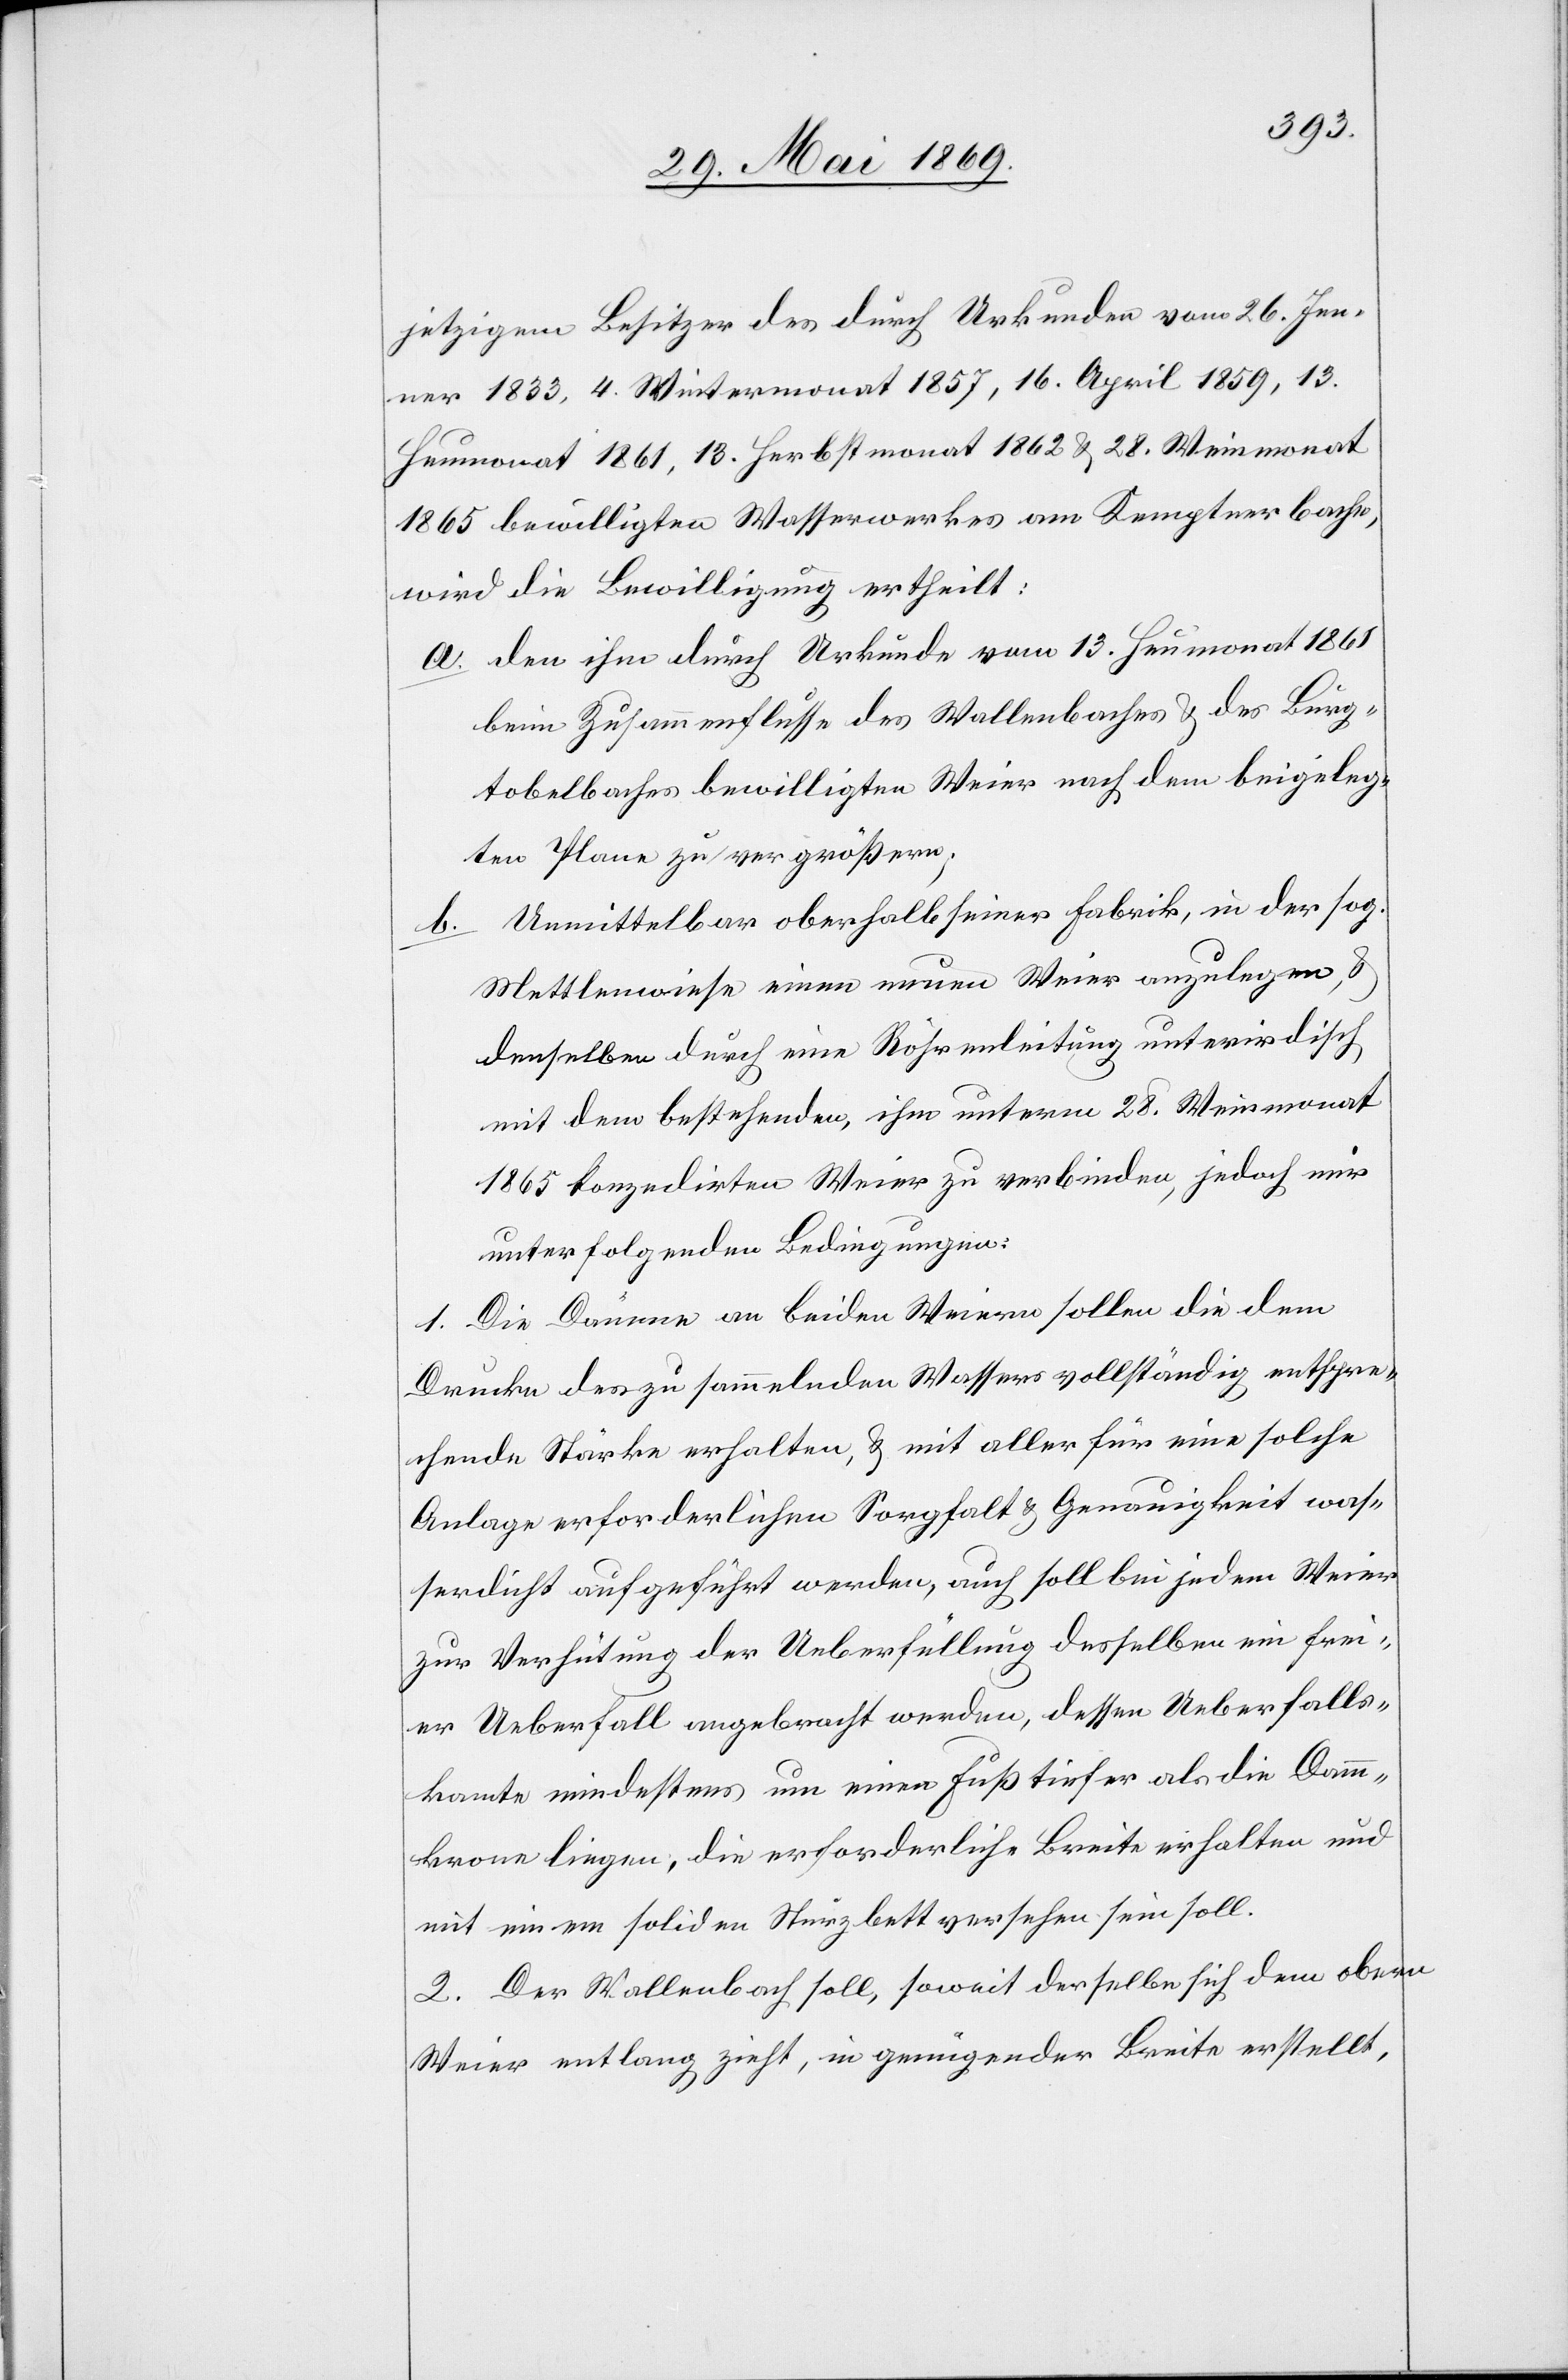
jetzigen Besitzer des durch Urkunden vom 26. Jen¬
ner 1833, 4. Wintermonat 1857, 16. April 1859, 13.
Heumonat 1861, 13. Herbstmonat 1862 u. 28. Weinmonat
1865 bewilligten Wasserwerkes am Kemptnerbache,
wird die Bewilligung ertheilt:
a. Den ihm durch Urkunde vom 13. Heumonat 1861
beim Zusammenschlusse des Wallenbaches u. des Burg¬
tobelbaches bewilligten Weier nach dem beigeleg¬
ten Plane zu vergrößern;
b. Unmittelbar oberhalb seiner Fabrik, in der sog.
Mettlenwiese einen neuen Weier anzulegen, u.
denselben durch eine Röhrenleitung unterirdisch
mit dem bestehenden, ihm unterm 28. Weinmonat
1865 konzedirten Weier zu verbinden, jedoch nur
unter folgenden Bedingungen:
1. Die Dämme an beiden Weiern sollen die dem
Drucke des zu sammelnden Wassers vollständig entspre¬
chende Stärke erhalten, u. mit aller für eine solche
Anlage erforderlichen Sorgfalt u. Genauigkeit was¬
serdicht aufgeführt werden, auch soll bei jedem Weier
zur Verhütung der Ueberfüllung desselben ein frei¬
er Ueberfall angebracht werden, dessen Ueberfalls¬
kante mindestens um einen Fuß tiefer als die Damm¬
krone liegen, die erforderliche Breite erhalten und
mit einem soliden Sturzbett versehen sein soll.
2. Der Wallenbach soll, soweit derselbe sich dem obern
Weier entlang zieht, in genügender Breite erstellt,